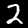
Digit: 2